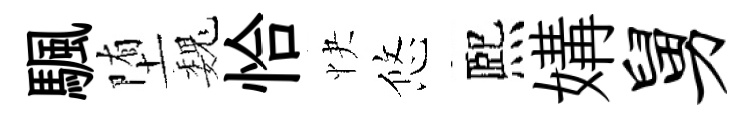
颿堕巍恰快悠熈媾舅